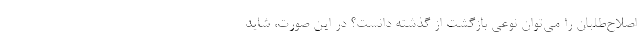
اصلاح‌طلبان را می‌توان نوعی بازگشت از گذشته دانست؟ در این صورت، شاید